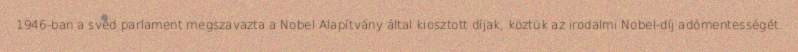
1946-ban a svéd parlament megszavazta a Nobel Alapítvány által kiosztott díjak, köztük az irodalmi Nobel-díj adómentességét.